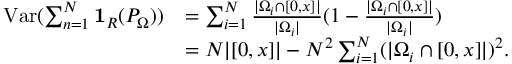
\begin{array} { r l } { \mathrm { V a r } ( \sum _ { n = 1 } ^ { N } \mathbf { 1 } _ { R } ( P _ { \Omega } ) ) } & { = \sum _ { i = 1 } ^ { N } \frac { | \Omega _ { i } \cap [ 0 , x ] | } { | \Omega _ { i } | } ( 1 - \frac { | \Omega _ { i } \cap [ 0 , x ] | } { | \Omega _ { i } | } ) } \\ & { = N | [ 0 , x ] | - N ^ { 2 } \sum _ { i = 1 } ^ { N } ( | \Omega _ { i } \cap [ 0 , x ] | ) ^ { 2 } . } \end{array}